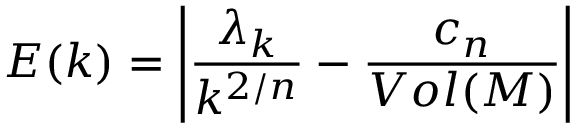
E ( k ) = \left| \frac { \lambda _ { k } } { k ^ { 2 / n } } - \frac { c _ { n } } { V o l ( { \cal M } ) } \right|